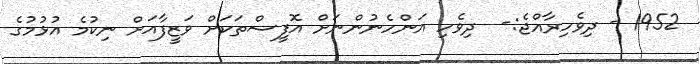
1952 - ދިވެހިރާއްޖެ:-  ދިވެހި އަންހެނުންނަށް އޮފީސްތަކަށް ވަޒީފާއަށް ނިކުމެ އުޅުމުގެ